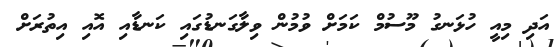
އަދި މިއީ ހުޅަނގު މޫސުމް ކަމަށް ވުމުން ވިލާގަނޑުގައި ކަނޑާއި އޮއި އިތުރަށް